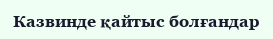
Казвинде қайтыс болғандар